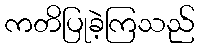
ကတိပြုခဲ့ကြသည်